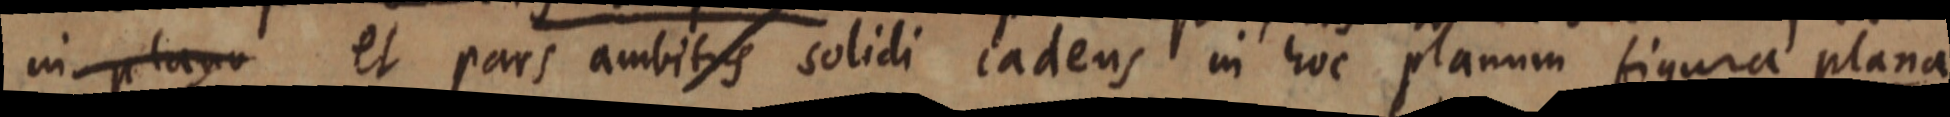
in plano et pars ambitus solidi cadens in hoc planum figura plana